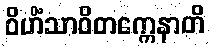
ဝိဟိံသာဝိတက္ကေနာတိ